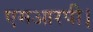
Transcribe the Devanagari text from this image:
एमआरपी।